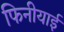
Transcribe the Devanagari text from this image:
फिनीयाई